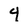
Character: 4